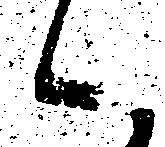
候